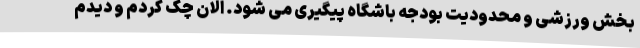
بخش ورزشی و محدودیت بودجه باشگاه پیگیری می شود. الان چک کردم و دیدم